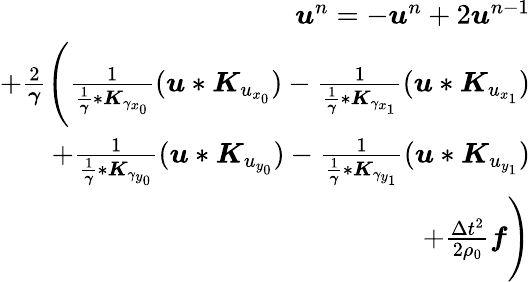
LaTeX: \begin{array}{r}{\boldsymbol{u}^{n}=-\boldsymbol{u}^{n}+2\boldsymbol{u}^{n-1}}\\ {+\frac{2}{\boldsymbol{\gamma}}\Bigg(\frac{1}{\frac{1}{\boldsymbol{\gamma}}*\boldsymbol{K}_{\gamma_{x_{0}}}}(\boldsymbol{u}*\boldsymbol{K}_{u_{x_{0}}})-\frac{1}{\frac{1}{\boldsymbol{\gamma}}*\boldsymbol{K}_{\gamma_{x_{1}}}}(\boldsymbol{u}*\boldsymbol{K}_{u_{x_{1}}})}\\ {+\frac{1}{\frac{1}{\boldsymbol{\gamma}}*\boldsymbol{K}_{\gamma_{y_{0}}}}(\boldsymbol{u}*\boldsymbol{K}_{u_{y_{0}}})-\frac{1}{\frac{1}{\boldsymbol{\gamma}}*\boldsymbol{K}_{\gamma_{y_{1}}}}(\boldsymbol{u}*\boldsymbol{K}_{u_{y_{1}}})}\\ {+\frac{\Delta t^{2}}{2\rho_{0}}\boldsymbol{f}\Bigg)}\end{array}